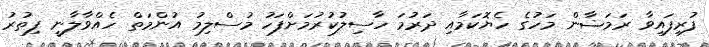
ފުރިފައިވާ ރަމަޟާން މަހުގެ ހެޔޮކަމާއި ދަރުމަ ހާސިލުކުރުމަށްފަހު މުސްލިމު އުންމަތް ހެއްވާލާނީ ފިތުރު